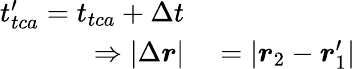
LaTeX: \begin{array}{rl}{t_{tca}^{\prime}=t_{tca}+\Delta t}\\ {\Rightarrow\left|\Delta\boldsymbol{r}\right|}&{{}=\left|\boldsymbol{r}_{2}-\boldsymbol{r}_{1}^{\prime}\right|}\end{array}